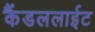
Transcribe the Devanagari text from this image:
कैंडललाईट